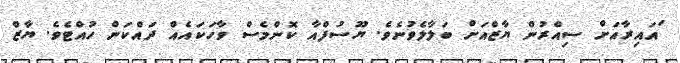
ަައައިރާއަށް ސިއްރުން ޔާޒްއަށް ބަލާލެވުނެވެ. ޔޫސުފްއާ ކޮންމެސް ވާހަކައެއް ދައްކަން ހުއްޓެވެ. ޔާޒް